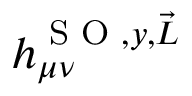
h _ { \mu \nu } ^ { \textrm { S O } , y , \vec { L } }